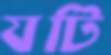
যটি